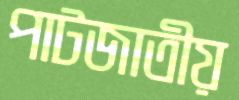
পাটজাতীয়